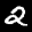
Label: 2